Report on horse surra - Volume II, Part II
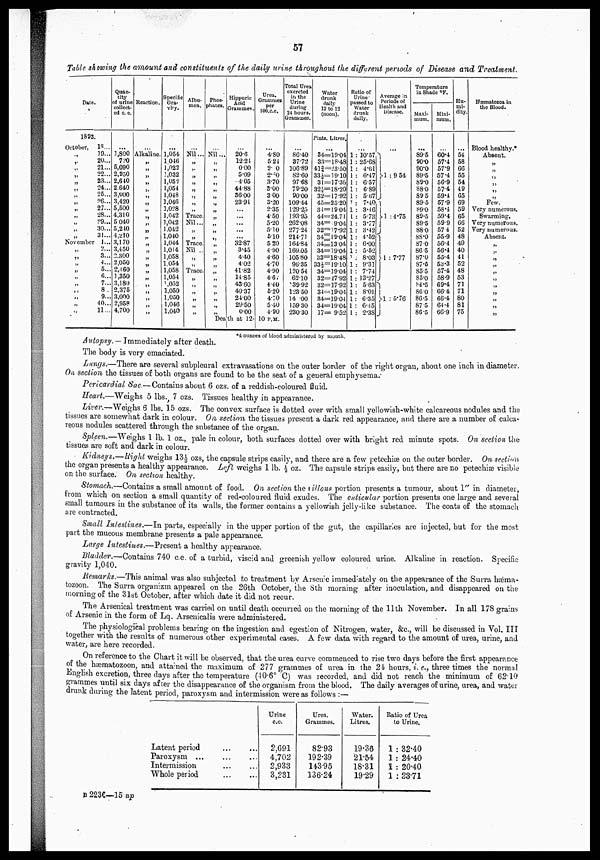
57
Table showing the amount and constituents of the daily urine throughout the different periods of Disease and Treatment.
Date.
1893
October,
„
"
"
November
„
„
„
„
„
„
„
„
„
18...
19...
20...
21...
22...
23...
24...
25...
26...
27...
28...
29...
30...
31...
1...
2...
3...
4...
5...
6...
7...
8.
9...
10..
11...
Quan-
tity
of urine
collect-
ed c. c.
...
1 ,800
720
5,090
2,950
2,640
2,640
3,000
3,420
5,500
4,310
5 040
5,2 40
4,210
3,170
3,450
2,300
2,050
2,460
1,350
3,180
2,375
3,000
2,958
4,700
Reaction.
...
Alkaline.
„
„
„
„
„
„
„
„
„
„
„
„
„
„
„
„
„
„
„
„
„
„
„
Specific
Gra-
vlry.
...
1,054
1046
1,022
3,032
1,052
1,054
1,048
1,046
],0?8
1,042
3,042
1,042
1,040
1,044
1,014
1,058
1.054
1,058
1,054
1,052
1,050
1,060
1,046
1,040
Albu-
men,
...
Nil
„
„
„
„
„
„
„
„
Trace.
Nil...
„
„
Trace.
Nil ..
„
„
Trace.
„
„
„
„
„
„
Phos-
phates.
..
Nil...
„
„
„
„
„
„
„„
„
„
„
„
„
„
„ „
„
„
„
„
„
„
„
„
Hippuric
Acid
Grammes.
...
20.6
12.24
0.00
5.09
4.05
44.88
36.00
23.94
...
...
...
...
..
32.87
3.45
4.40
4.02
41.82
14.85
43.60
40.37
24.00
29.50
0.00
Urea.
Grammes
per
100.c.c.
...
4.80
5.24
2. 0
2.80
3.70
3.00
3.00
3.20
2.35
4.50
5.20
5.10
5.10
5 20
4.90
4.60
4.70
4.90
4.6;
4.40
5.20
4.70
5.40
4.90
Death at 12- 10 P.M.
Total Urea
excreted
in the
Urine
during
24 hours.
Grammes.
...
86.40
37.72
106.89
82.60
97.68
79.20
90.00
109.44
129.25
193.95
262.08
277.24
214.71
164.84
169.05
105.80
96.35
120.54
62.10
139.92
123.50
14.00
159. 30
230.30
Water
drunk
daily
12 to 12
(noon).
Pints. Litres.
...
34=19.04
33=18.48
41¾=23-50
33½= 19.10
31=17.36
32½=18.20
32=1792
45=25.20
31=19.04
44=24.71
34=: 9.04
32=17.92
34=19.04
34=1304
34=19.04
33=18.48
33½=19.10
34=19.04
32=17.92
32=17.92
34=19.04
34=19.04
34=1904
17= 9.52
Ratio of
Urine
passed to
Water
drunk
daily.
1: 10.57
1 : 25.68
1 : 4.61
1 : 6.47
1 : 6.57
1 : 6->89
1 : 5.67
l : 7.40
1 : 3.46
1 : 5.73
1 : 3.77
1 : 3.42
1 : 4.52
1 : 6.00
1 : 5.52
1 : 8.03
1 : 9.31
1 : 7.74
1 : 13.27
1 : 5.63
1: 8.01
1: 6.35
1 : 6.45
1 : 2.38
Average in
Periods of
Health and
Discase,
...
}1 : 9 54
} 1:4.75
}1 : 7.77
}1: 5.76
Temperature
in Shade °P.
Maxi-
mum.
...
89.5
90.0
90.0
89.5
89.0
88.0
895
89.5
89.0
89.5
89.5
88.0
88.0
87.0
86 5
87.0
87.5
855
85.0
84.5
86.0
86.5
87 5
86.5
Mini-
mum,
60.4
57.4
57.9
57.4
56.9
57.4
59.4
57.9
58.4
59.4
59.9
57 4
55.9
56.4
56.4
55.4
53.3
57.4
58.9
69.4
66.4
66.4
644
66-9
Hu-
mi-
dity.
...
54
58
66
55
54
49
G5
69
59
65
66
52
48
49
40
41
52
48
53
71
71
80
81
75
Hæmatozoa in
the Blood.
Blood healthy.*
Absent.
„
„
„
„
„
„
Few.
Very numerous.
Swarming.
Very numerous
Very numerous
Absent.
„
„
„
„
„
„
„
„
„
„
„
*4 ounces of blood administered by mouth.
Autopsy. — Immediately after death.
The body is very emaciated.
Lungs.—There are several subpleural extravasations on the outer border of the right organ, about one inch in diameter.
On section, the tissues of both organs are found to be the seat of a geueral emphysema.
Pericardial Sac.—Contains about 6 ozs. of a reddish-coloured fluid.
Heart.—Weighs 5 lbs. 7 ozs. Tissues healthy in appearance.
Liver.—Weighs 6 lbs. 15 ozs. The convex surface is dotted over with small yellowish-white calcareous nodules and the
tissues are somewhat dark in colour. On section the tissues present a dark red appearance, and there are a number of calca-
reous nodules scattered through the substance of the organ.
Spleen.—Weighs 1 lb. 1 oz., pale in colour, both surfaces dotted over with bright red minute spots. On section the
tissues are soft and dark in colour.
Kidneys.—Right weighs 13½ ozs, the capsule strips easily, and there are a few petechiæ on the outer border. On section
the organ presents a healthy appearance. Left weighs 1 lb. ½ oz. The capsule strips easily, but there are no petechia visible
on the surface. On section healthy.
Stomach.—Contains a small amount of food. On section the i llous portion presents a tumour, about 1" in diameter,
from which on section a small quantity of red-coloured fluid exudes. The cuticular portion presents one large and several
small tumours in the substance of its walls, the former contains a yellowish jelly-like substance. The coats of the stomach
are contracted.
Small Intestines.—In parts, especially in the upper portion of the gut, the capillaries are injected, but for the most
part the mucous membrane presents a pale appearance.
Large Intestines.—Present a healthy appearance.
Bladder.—Contains 740 c.c. of a turbid, viscid and greenish yellow coloured urine. Alkaline in reaction. Specific
gravity 1,040.
Remarks.—This animal was also subjected to treatment by Arsenic immediately on the appearance of the Surra hæma-
tozoon. The Surra organizm appeared on the 26th October, the 8th morning after inoculation, and disappeared on the
morning of the 31st October, after which date it did not recur.
The Arsenical treatment was carried on until death occurred on the morning of the 11th November. In all 178 grains
of Arsenic in the form of Lq. Arsenicalis were administered.
The physiological problems bearing on the ingestion and egestion of Nitrogen, water, &c, will be discussed in Vol. III
together with the results of numerous other experimental cases. A few data with regard to the amount of urea, urine, and
water, are here recorded.
On reference to the Chart it will be observed, that the urea curve commenced to rise two days before the first appearance
of the hæmatozoon, and attained the maximum of 277 grammes of urea in the 24 hours, i. e., three times the normal
English excretion, three days after the temperature (10.6° C) was recorded, and did not reach the minimum of 62-10
grammes until six days after the disappearance of the organism from the blood. The daily averages of urine, urea, and water
drunk during the latent period, paroxysm and intermission were as follows :—
Latent period
Paroxysm
Intermission
Whole period
Urine
c.c.
2,691
4,702
2,933
3,231
Urea.
Grammes.
82.93
192.39
143.95
136.24
Water.
Litres.
19.36
21.54
18.31
19.29
Ratio of Urea
to Urine.
1 : 32.40
1 : 2440
I : 20.40
1 : 23.71
B 2236—15 ap